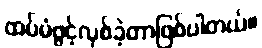
ထပ်မံဖွင့်လှစ်ခဲ့တာဖြစ်ပါတယ်။